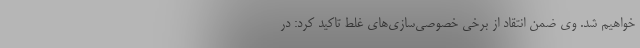
خواهیم شد. وی ضمن انتقاد از برخی خصوصی‌سازی‌های غلط تاکید کرد: در